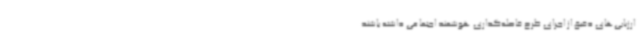
ارزیابی‌های دقیق از اجرای طرح فاصله‌گذاری هوشمند اجتماعی داشته باشند